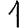
Digit: 1